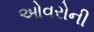
ઓવરોની